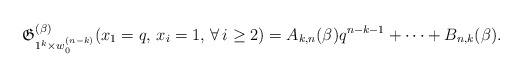
\begin{gather*}\mathfrak{G}_{1^{k} \times w_{0}^{(n-k)}}^{(\beta)}(x_1=q, \, x_i=1,\,\forall\, i \ge 2) =A_{k,n}(\beta) q^{n-k-1} +\cdots+ B_{n,k}(\beta).\end{gather*}